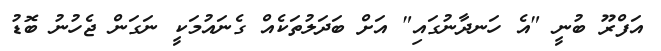
އަފްރޫ ބުނީ "އެ ހަނދާނުގައި" އަށް ބަދަލުތަކެއް ގެނައުމަކީ ނަގަން ޖެހުނު ބޮޑު